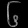
Digit: ၆